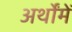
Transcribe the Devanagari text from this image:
अर्थोंमें